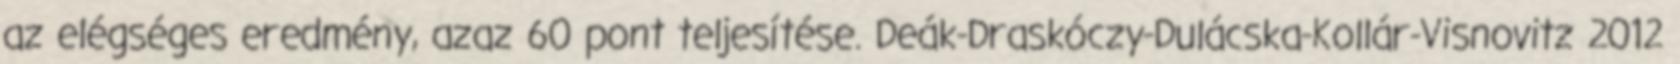
az elégséges eredmény, azaz 60 pont teljesítése. Deák-Draskóczy-Dulácska-Kollár-Visnovitz 2012